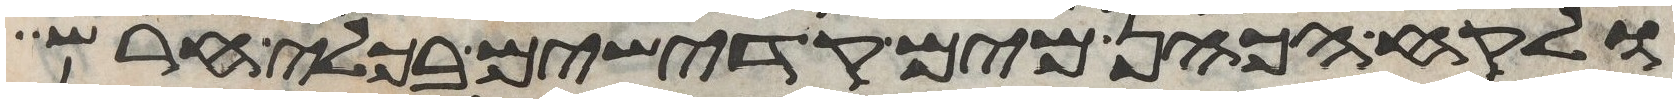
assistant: ולקח הכהן מים קדישים בכלי חרש